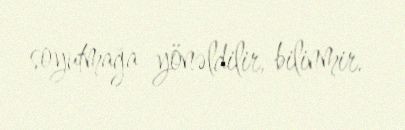
soyutmağa yönəldilir, bilinmir.